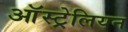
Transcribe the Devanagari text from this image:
आॅस्ट्रेलियन